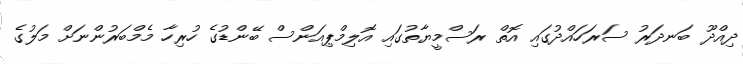
ދިއްދޫ ބަނދަރު ސަރަހައްދުގައި އޮތް ރަސްމީޔާތުގައި އޮލިމްޕިއަންސް ބޭންޑުގެ ހުރިހާ މެމްބަރުންނަށް މަލުގެ